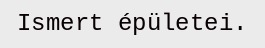
Ismert épületei.